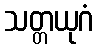
သတ္တယုဂံ